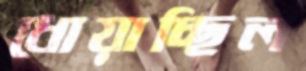
ধোয়াচ্ছিল